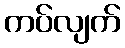
ကပ်လျက်